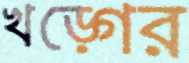
খড়্গের